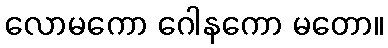
လောမကော ဂေါနကော မတော။